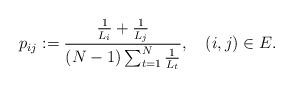
LaTeX: \begin{align*}p_{ij}:=\frac{\frac{1}{L_i}+\frac{1}{L_j}}{(N-1)\sum_{t=1}^N\frac{1}{L_t}},~~~(i,j)\in E.\end{align*}